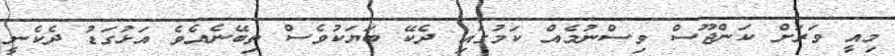
މިއީ ވަރަށް ކަންޖޫސް ވިސްނުމެއް ކަމުގައި ދެކޭ ބަޔަކުވެސް ތިބޭނެއެވެ އަޅުގަޑު ދެކެނީ